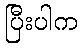
ပြီးပါက